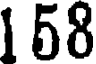
158